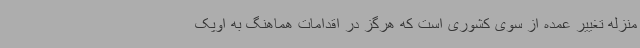
منزله تغییر عمده از سوی کشوری است که هرگز در اقدامات هماهنگ به اوپک